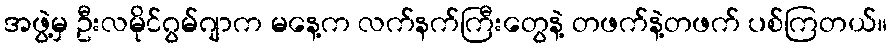
အဖွဲ့မှ ဦးလမိုင်ဂွမ်ဂျာက မနေ့က လက်နက်ကြီးတွေနဲ့ တဖက်နဲ့တဖက် ပစ်ကြတယ်။